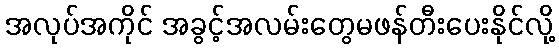
အလုပ်အကိုင် အခွင့်အလမ်းတွေမဖန်တီးပေးနိုင်လို့